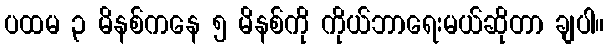
ပထမ ၃ မိနစ်ကနေ ၅ မိနစ်ကို ကိုယ်ဘာရေးမယ်ဆိုတာ ချပါ။